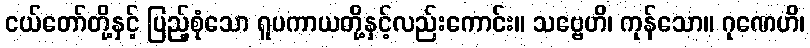
ငယ်တော်တို့နှင့် ပြည့်စုံသော ရူပကာယတို့နှင့်လည်းကောင်း။ သဗ္ဗေဟိ၊ ကုန်သော။ ဂုဏေဟိ၊